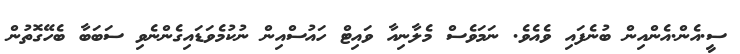
ސީ.އެން.އެންއިން ބުނެފައި ވެއެވެ. ނަމަވެސް މެލާނިއާ ވައިޓް ހައުސްއިން ނުކުމެވަޑައިގެންނެވި ސަބަބާ ބެހޭގޮތުން